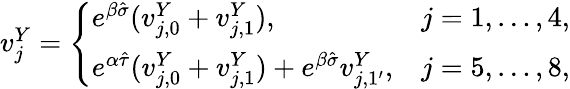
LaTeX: \begin{array}{r}{v_{j}^{Y}=\left\{ \begin{array}{ll}{e^{\beta\hat{\sigma}}(v_{j,0}^{Y}+v_{j,1}^{Y}),}&{j=1,\dots,4,}\\ {e^{\alpha\hat{\tau}}(v_{j,0}^{Y}+v_{j,1}^{Y})+e^{\beta\hat{\sigma}}v_{j,1^{\prime}}^{Y},}&{j=5,\dots,8,}\end{array}\right.}\end{array}